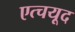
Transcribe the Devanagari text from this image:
एत्चयूद